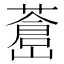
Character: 𦾝